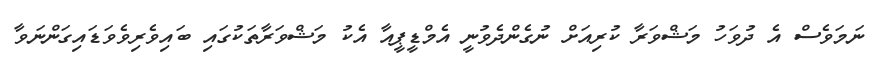
ނަމަވެސް އެ ދުވަހު މަޝްވަރާ ކުރިއަށް ނުގެންދެވުނީ އެމްޑީޕީއާ އެކު މަޝްވަރާތަކުގައި ބައިވެރިވެވަޑައިގަންނަވާ